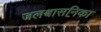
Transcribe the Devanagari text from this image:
जलश्वासनिका